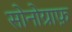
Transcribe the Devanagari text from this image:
सोनोग्राफ़